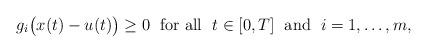
LaTeX: \begin{align*}g_i\big(x(t)-u(t)\big)\ge 0\;\mbox{ for all }\;t\in[0,T]\;\mbox{ and }\;i=1,\ldots,m,\end{align*}